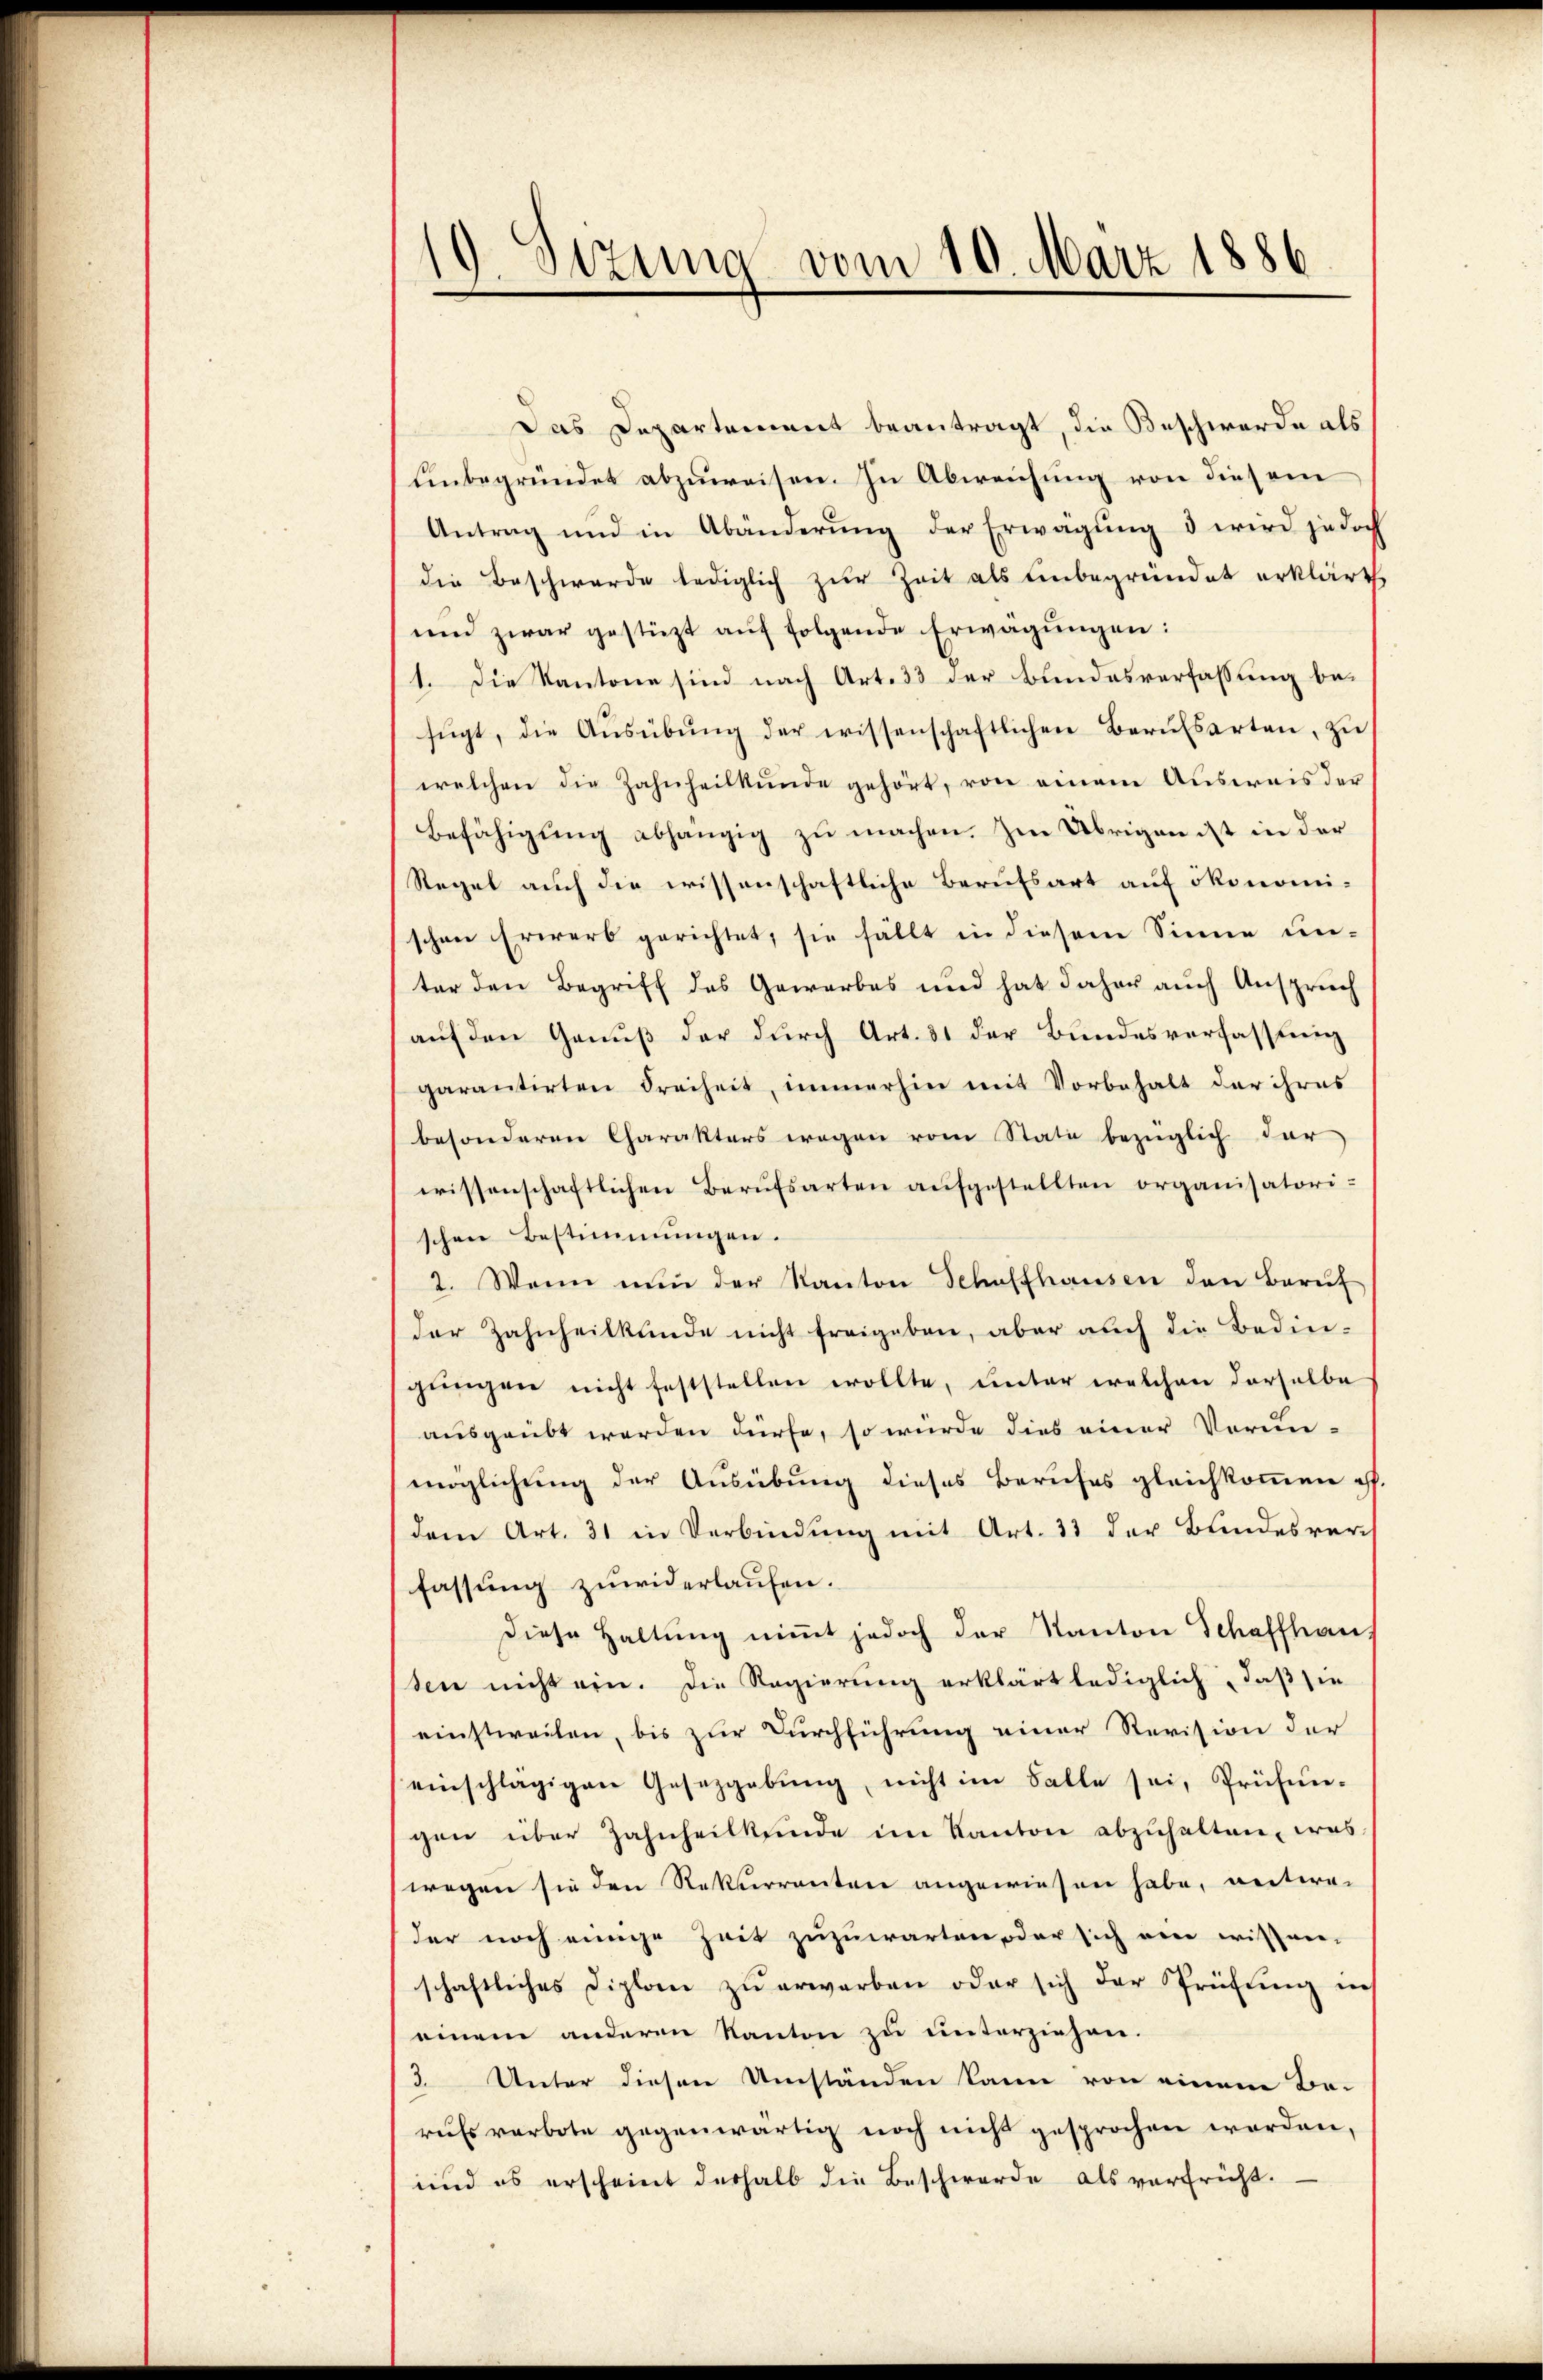
10 Sezung vom 10. März 1886

Das Departement beantragt, die Beschwerde als
Unbegründet abzuweisen. In Abweichung von diesem
Antrag und in Abänderŭng der Erwägŭng 3 wird jedoch
die Beschwerde lediglich zur Zeit als unbegründet erklärt
und zwar gestüzt aŭf folgende Erwägungen:
1. Die Kantone sind nach Art. 33 der Bundesverfassung befŭgt, die Aŭsübŭng der wissenschaftlichen Bernesarten, zŭ
welchen die Zahnheilkunde gehört, von einem Ausweis der
Befähigung abhängig zu machen. Im Übrigen ist in der
Regel auch die wissenschaftliche Berufsart auf ökonomischen Erwerb gerichtet, sie fällt in diesem Sinne un-
ter den Begriff des Gewerbes und hat daher auch Anspruch
auf den Genuß der durch Art. 31 der Bundesverfassung
garantirten Freiheit, immerhin mit Vorbehalt der ihres
besonderen Charakters wegen vom State bezüglich dar
wissenschaftlichen Berufsarten aŭfgestellten organisatori-
schen Bestimmungen.
2. Wenn nŭn der Kanton Schaffhausen den Berŭf
der Zahnheilkunde nicht freigeben, aber auch die Bedingungen nicht feststellen wollte, unter welchen derselbe
ausgeübt werden dürfe, so würde dies einer Vorunmöglichung der Ausübung dieses Berufes gleichkommen u.
dem Art. 31 in Verbindung mit Art. 33 der Bundesver
fassung zuwiderlaufen.
diese Haltung niṁt jedoch der Kanton Schaffhau
sen nicht ein. Die Regierung erklärt lediglich daß sie
einstweilen, bis zur Durchführung einer Revision der
einschlägigen Gesetzgebung, nicht im Falle sei, Prüfun-
gen über Zahnheilkunde im Kanton abzuhalten, was
wegen sie den Rekurrenten angewiesen habe, entweder noch einige Zeit zuzuwarten, oder sich ein wissen-
schaftliches Diplom zŭ erwarben oder sich der Prüfŭng in
einem anderen Kanton zu unterziehen.
3. Unter diesen Umständen kann von einem Be-
russ verbote gegenwärtig noch nicht gesprochen worden,
und es erscheint deshalb die Beschwerde als verfrüht.